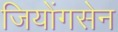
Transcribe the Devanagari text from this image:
जियोंगसेन